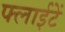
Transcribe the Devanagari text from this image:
फ्लाईटें